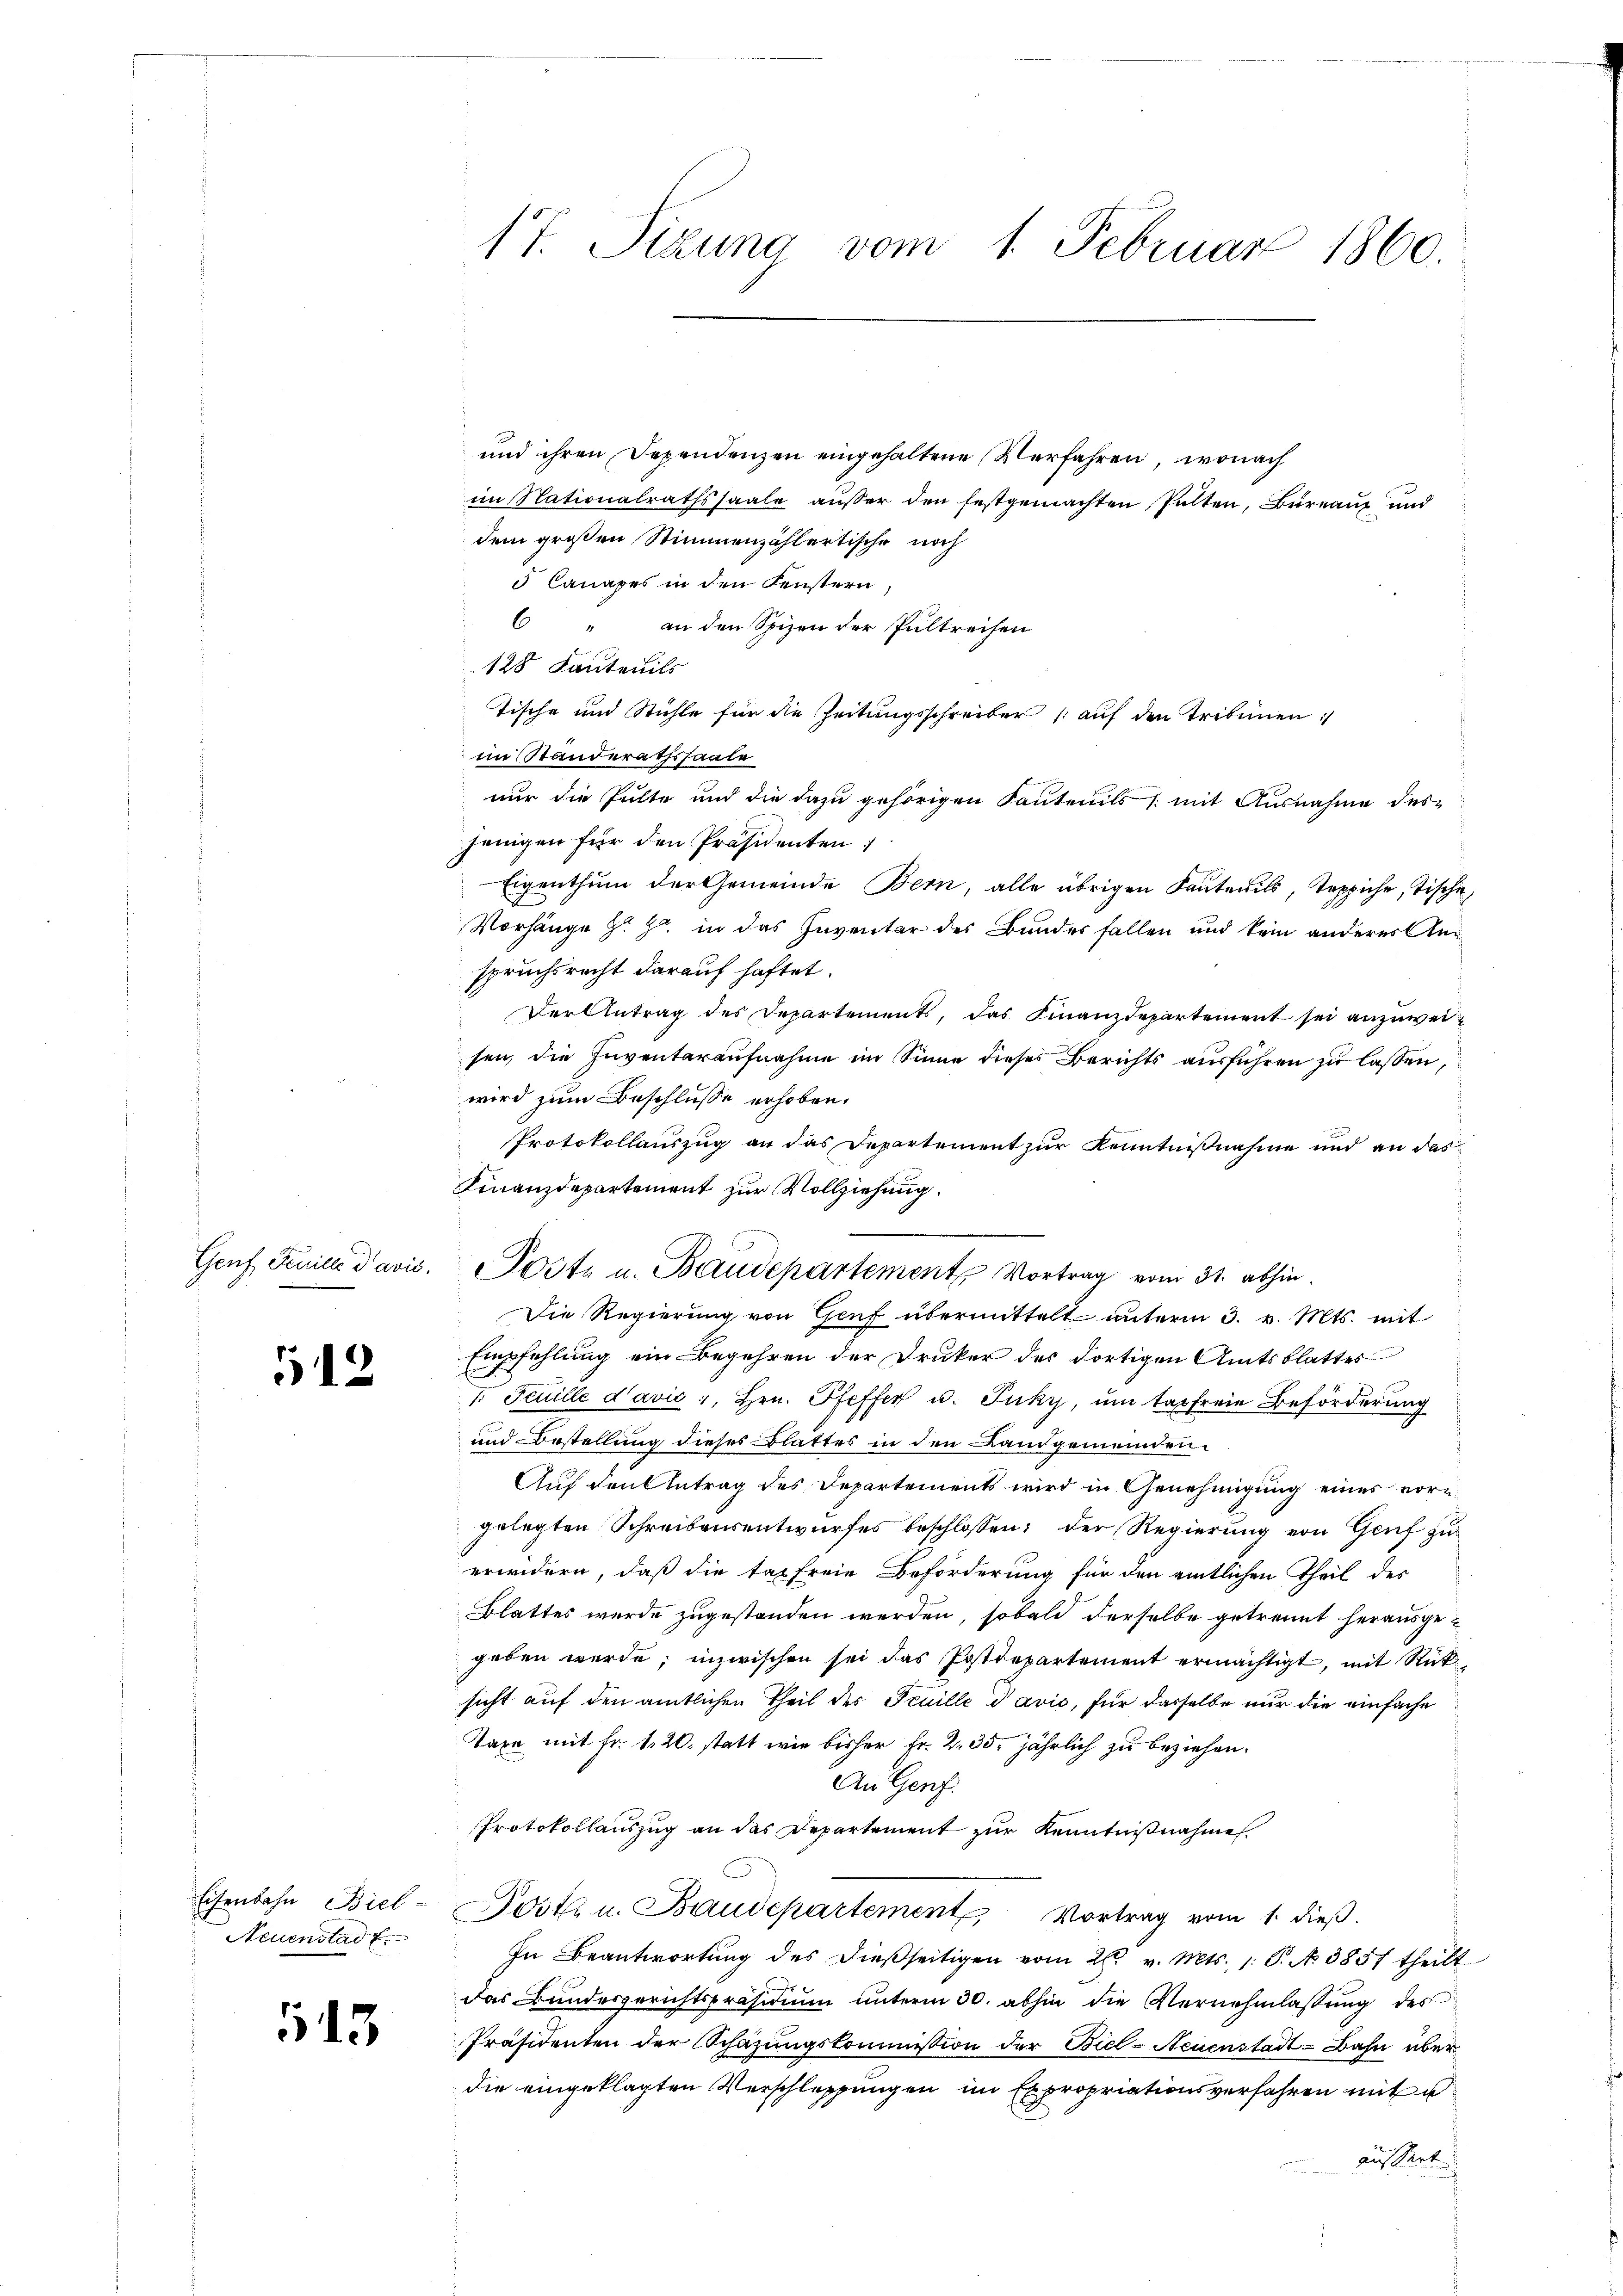
512

Neuenstadt

15

17. Sizung vom
1. Februar 1860.

und ihren Dependenzen eingehaltene Verfahren, wonach
im Nationalrathssaale außer den festgemachten Palten, Bureau und
dem großen Stimmenzählertische noch
5 Canapes in den Fenstern,
6 " an den Spizen der Pultreisen
128 Kautenils
Tische und Stühle für die Zeitungsschreiber (auf den Tribünen:
im Standerathssaale
nur die Pulte und die dazu gehörigen Kantonils mit Ausnahme des
jenigen für den Präsidenten
Eigenthum der Gemeinde Bern, alle übrigen Kautenils, Teppiche, Tische
Vorhänge z. Z. in das Inventar des Bundes fallen und kein anderes Anspruchsrecht darauf haftet.
Der Antrag des Departements, das Finanzdepartement sei anzuweisen, die Inventaraufnahme im Sinne dieses Berichts ausführen zu lassen,
wird zum Beschlusse erhoben.
Protokollauszug an das Departement zur Kenntnißnahme und an das
Finanzdepartement zur Vollziehung.
Die Regierung von Genf übermittelt unterm 3. v. Mts. mit
Empfehlung ein Begehren der Druker des dortigen Amtsblattes
Ei
7. Feuille davić, Hrn. Pfeffer u. Puky, um tagfreie Beförderung
und Bestellung dieses Blattes in den Landgemeinden¬
Auf den Antrag des Departements wird in Genehmigung einer vorn
gelegten Schreibensentwurfes beschlossen; der Regierung von Genf zuerwidern, daß die tag freie Beförderung für den amtlichen Theil des
Blattes wurde zugestanden werden, sobald derselbe getrennt herausgegeben werde; inzwischen sei das Postdepartement ermächtigt, mit Rücksicht auf den amtlichen Theil der Feuille davić, für dasselbe nur die einfache
Taxa mit Fr. 120. statt wie bisher Fr. 2. 35. jährlich zu beziehen.
An Genf.
Protokollauszug an das Departement zur Kenntnißnahme
Eisenbahn Biel - Post u. Baudepartement Vortrag vom 1. dieß.
In Beantwortung des dießseitigen vom 26. v. Mts. 1. P. N. 3857 theilt
das Bundesgerichtspräsidium unterm 30. abhin die Vernehmlassung des
Präsidenten der Schazungskommission der Biel-Neuenstadt-Bahn über
die eingeklagten Verschleppungen im Expropriationsverfahren mit d
äussert

Genf, Feuille Pavis. Poste u. Baudepartement Vortrag vom 31. abhin